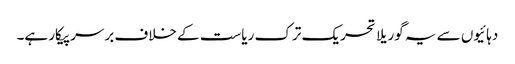
دہائیوں سے یہ گوریلا تحریک ترک ریاست کے خلاف برسرپیکار ہے۔